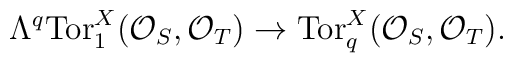
\Lambda^q\mbox{Tor}_1^X({\cal O}_S, {\cal O}_T)\to\mbox{Tor}_q^X({\cal O}_S, {\cal O}_T).